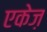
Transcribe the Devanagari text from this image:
एकेज़